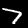
Digit: 7